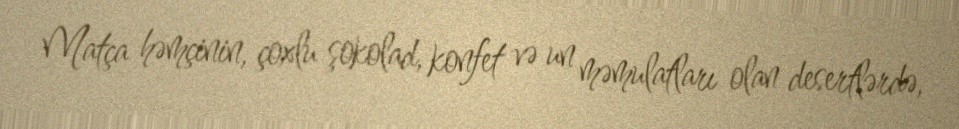
Matça həmçinin, çoxlu şokolad, konfet və un məmulatları olan desertlərdə,